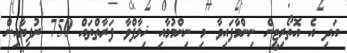
އަދި އެ އޮތޯރިޓީން ނިންމާފައިވާ މި ނިންމުމާއި ޚިލާފްވާ ފަރާތްތައް 750 ރުފިޔާއިން